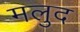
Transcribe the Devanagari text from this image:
मलुद